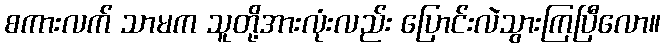
စကားလက် သာမက သူတို့အားလုံးလည်း ပြောင်းလဲသွားကြပြီလော။